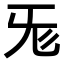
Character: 𣄭